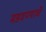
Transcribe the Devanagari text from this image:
मडवण्याचे